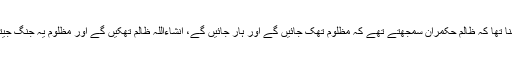
ان کا کہنا تھا کہ ظالم حکمران سمجھتے تھے کہ مظلوم تھک جائیں گے اور ہار جائیں گے، انشاءاللہ ظالم تھکیں گے اور مظلوم یہ جنگ جیتیں گے۔